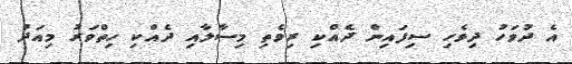
އެ ދުވަހު ދިވެހި ސިފައިން ދެއްކި ރިވެތި މިސާލާއި ދެއްކި ހިތްވަރު މިއަދު